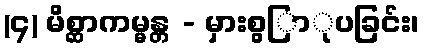
(၄) မိစ္ဆာကမ္မန္တ - မှားစွြာုပခြင်း၊